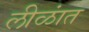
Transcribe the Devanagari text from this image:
लीळांत